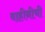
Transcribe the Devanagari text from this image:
वाहीनीची